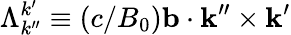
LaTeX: \Lambda_{k^{\prime\prime}}^{k^{\prime}}\equiv(c/B_{0})\mathbf{b}\cdot\mathbf{k^{\prime\prime}}\times\mathbf{k^{\prime}}